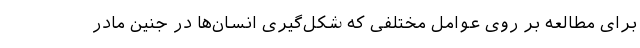
برای مطالعه بر روی عوامل مختلفی که شکل‌گیری انسان‌ها در جنین مادر